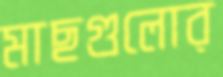
মাছগুলোর